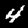
Digit: 4